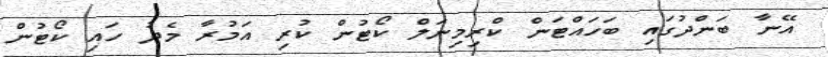
އޭނާ ބަންދުގައި ބަހައްޓަން ކްރިމިނަލް ކޯޓުން ކުރި އަމުރާ މެދު ހައި ކޯޓުން